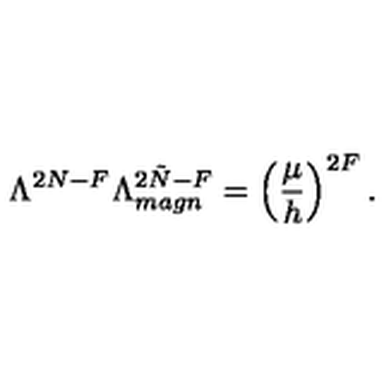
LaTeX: \Lambda ^ { 2 N - F } \Lambda _ { m a g n } ^ { 2 \tilde { N } - F } = \left( \frac { \mu } { h } \right) ^ { 2 F } .